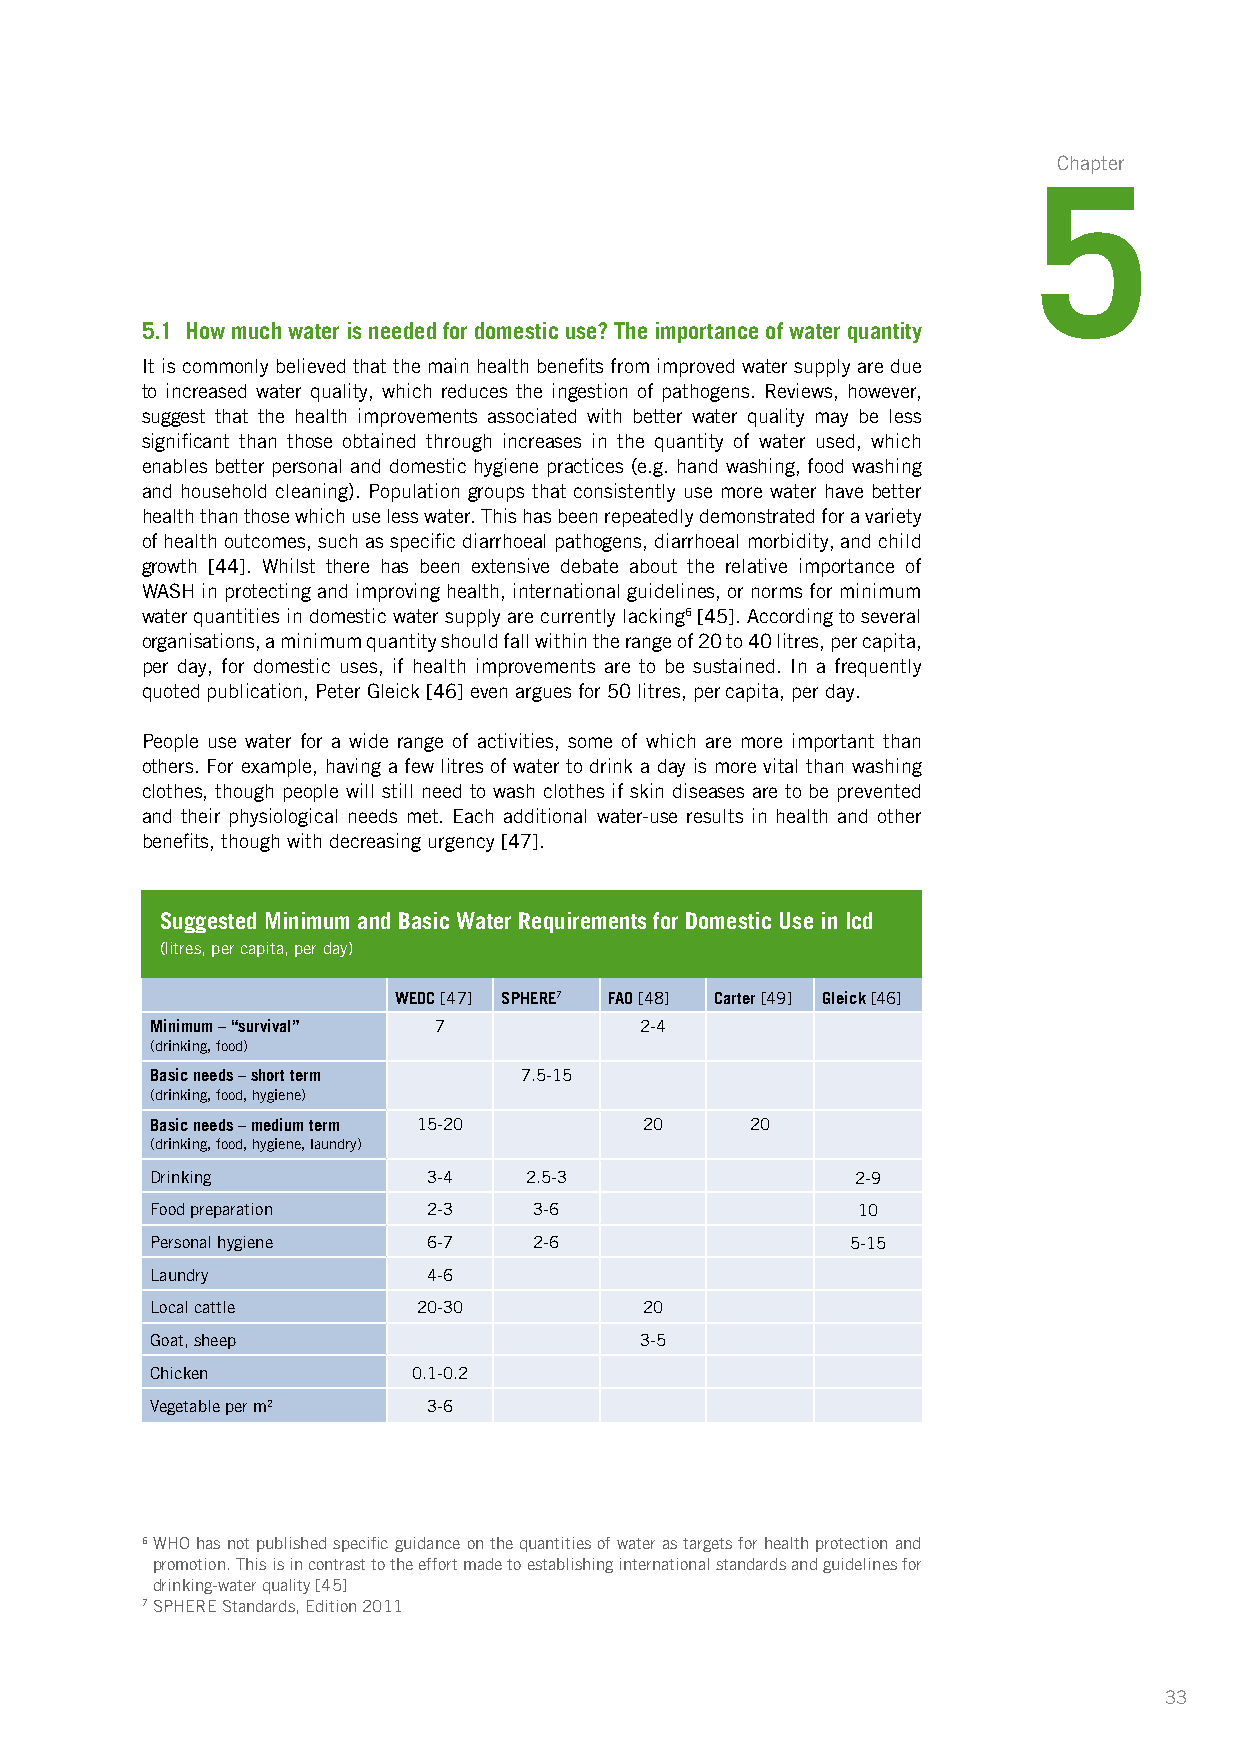
Chapter
 5
 5.1 How much water is needed for domestic use? The importance of water quantity
 It is commonly believed that the main health benefits from improved water supply are due
 to increased water quality, which reduces the ingestion of pathogens. Reviews, however,
 suggest that the health improvements associated with better water quality may be less
 significant than those obtained through increases in the quantity of water used, which
 enables better personal and domestic hygiene practices (e.g. hand washing, food washing
 and household cleaning). Population groups that consistently use more water have b etter
 health than those which use less water. This has been repeatedly demonstrated for a variety
 of health outcomes, such as specific diarrhoeal pathogens, diarrhoeal morbidity, and child
 growth [44]. Whilst there has been extensive debate about the relative importance of
 WASH in protecting and improving health, international guidelines, or norms for minimum
 water quantities in domestic water supply are currently lacking6 [45]. According to several
 organisations, a minimum quantity should fall within the range of 20 to 40 litres, per capita,
 per day, for domestic uses, if health improvements are to be sustained. In a frequently
 quoted publication, Peter Gleick [46] even argues for 50 litres, per capita, per day.
 People use water for a wide range of activities, some of which are more important than
 others. For example, having a few litres of water to drink a day is more vital than washing
 clothes, though people will still need to wash clothes if skin diseases are to be prevented
 and their physiological needs met. Each additional water-use results in health and other
 benefits, though with decreasing urgency [47].
 Suggested Minimum and Basic Water Requirements for Domestic Use in lcd
 (litres, per capita, per day)
 WEDC [47] SPHERE7 FAO [48] Carter [49] Gleick [46]
 Minimum – “survival” 7          2-4
 (drinking, food)
 Basic needs – short term 7.5-15
 (drinking, food, hygiene)
 Basic needs – medium term 15-20  20     20
 (drinking, food, hygiene, laundry)
 Drinking          3-4    2.5-3                 2-9
 Food preparation  2-3    3-6                   10
 Personal hygiene  6-7    2-6                  5-15
 Laundry           4-6
 Local cattle      20-30          20
 Goat, sheep                     3-5
 Chicken          0.1-0.2
 Vegetable per m2  3-6
 6 WHO has not published specific guidance on the quantities of water as targets for health protection and
 promotion. This is in contrast to the effort made to establishing international standards and guidelines for
 drinking-water quality [45]
 7 SPHERE Standards, Edition 2011
 33